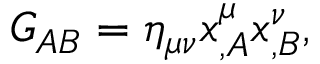
G _ { A B } = \eta _ { \mu \nu } x _ { , A } ^ { \mu } x _ { , B } ^ { \nu } ,